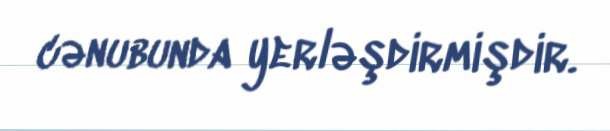
cənubunda yerləşdirmişdir.